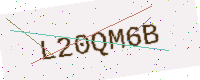
Text: L20QM6B